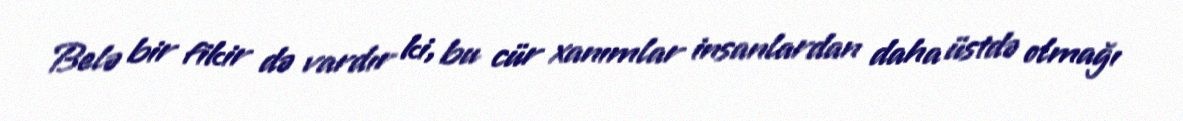
Belə bir fikir də vardır ki, bu cür xanımlar insanlardan daha üstdə olmağı